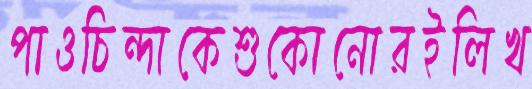
পাওচিন্দাকেশুকোনোরইলিখ